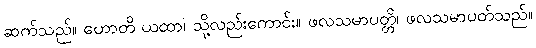
ဆက်သည်။ ဟောတိ ယထာ၊ သို့လည်းကောင်း။ ဖလသမာပတ္တိ၊ ဖလသမာပတ်သည်။